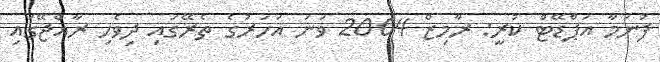
ފުނަމާ އަޕްޑޭޓް ކުރީ: ރާމިޒް 2004 ވަނަ އަހަރުގެ ތެރޭގައި ދިވެހި ރާއްޖޭގައި